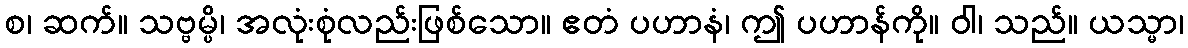
စ၊ ဆက်။ သဗ္ဗမ္ပိ၊ အလုံးစုံလည်းဖြစ်သော။ ဧတံ ပဟာနံ၊ ဤ ပဟာန်ကို။ ဝါ၊ သည်။ ယသ္မာ၊